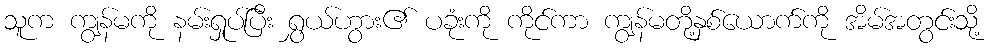
သူက ကျွန်မကို နမ်းရှုပ်ပြီး ရွှယ်ဟွား၏ ပခုံးကို ကိုင်ကာ ကျွန်မတို့နှစ်ယောက်ကို အိမ်အတွင်းသို့